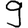
Digit: 9